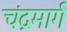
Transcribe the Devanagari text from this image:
चंद्रमार्ग